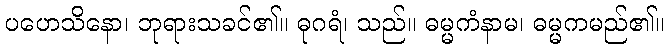
ပဟေသိနော၊ ဘုရားသခင်၏။ ဓုဂရံ၊ သည်။ ဓမ္မကံနာမ၊ ဓမ္မကမည်၏။